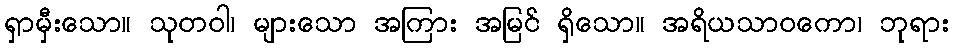
ရှာမှီးသော။ သုတဝါ၊ များသော အကြား အမြင် ရှိသော။ အရိယသာဝကော၊ ဘုရား